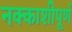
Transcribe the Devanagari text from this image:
नक्काशीपूर्ण